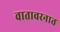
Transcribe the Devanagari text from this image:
वातावरनात